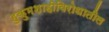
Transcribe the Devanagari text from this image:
हुकुमशाहीविरोधातील